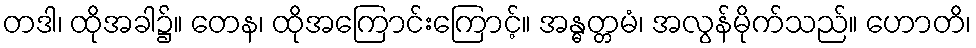
တဒါ၊ ထိုအခါ၌။ တေန၊ ထိုအကြောင်းကြောင့်။ အန္ဓတ္တမံ၊ အလွန်မိုက်သည်။ ဟောတိ၊